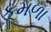
કૂમળા